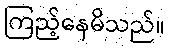
ကြည့်နေမိသည်။